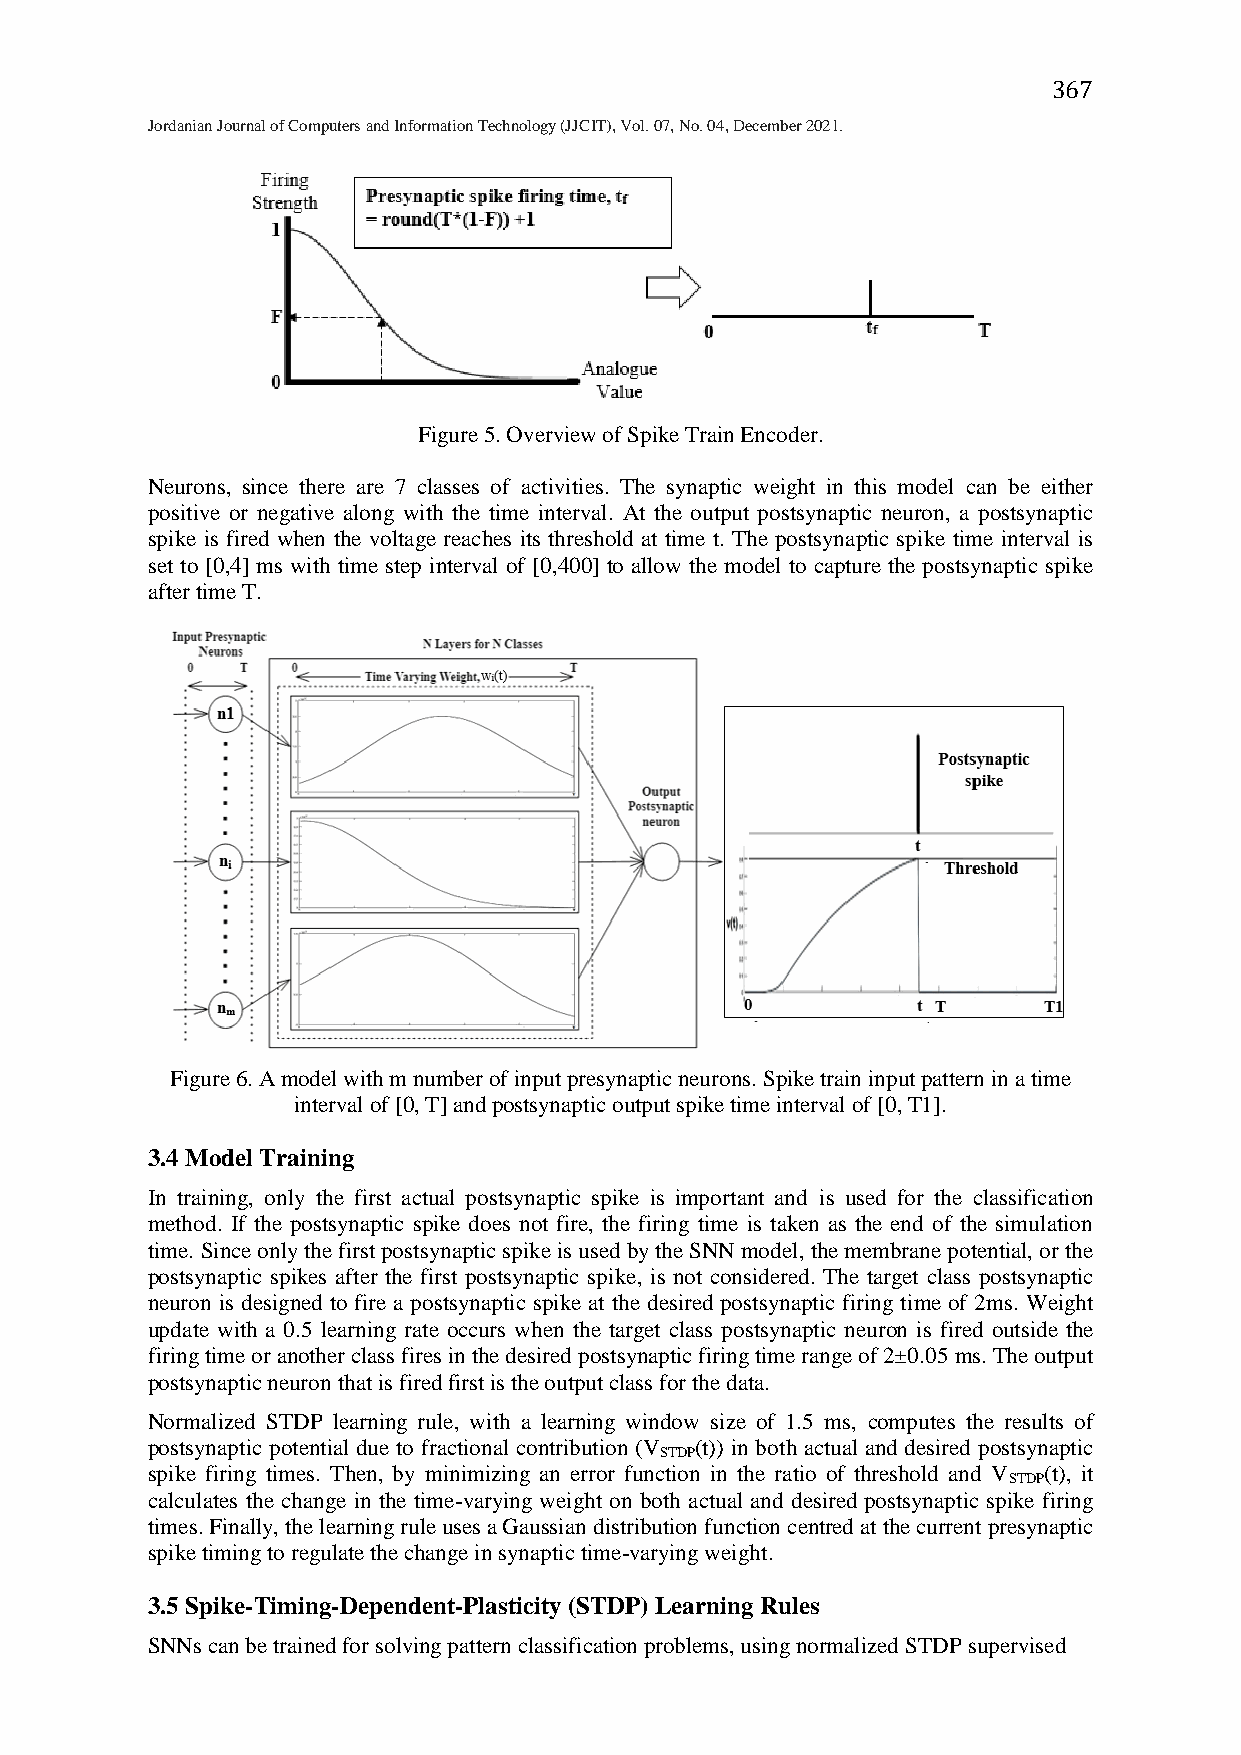
367
 Jordanian Journal of Computers and Information Technology (JJCIT), Vol. 07, No. 04, December 2021.
 Figure 5. Overview of Spike Train Encoder.
 Neurons, since there are 7 classes of activities. The synaptic weight in this model can be either
 positive or negative along with the time interval. At the output postsynaptic neuron, a postsynaptic
 spike is fired when the voltage reaches its threshold at time t. The postsynaptic spike time interval is
 set to [0,4] ms with time step interval of [0,400] to allow the model to capture the postsynaptic spike
 after time T.
 Figure 6. A model with m number of input presynaptic neurons. Spike train input pattern in a time
 interval of [0, T] and postsynaptic output spike time interval of [0, T1].
 3.4 Model Training
 In training, only the first actual postsynaptic spike is important and is used for the classification
 method. If the postsynaptic spike does not fire, the firing time is taken as the end of the simulation
 time. Since only the first postsynaptic spike is used by the SNN model, the membrane potential, or the
 postsynaptic spikes after the first postsynaptic spike, is not considered. The target class postsynaptic
 neuron is designed to fire a postsynaptic spike at the desired postsynaptic firing time of 2ms. Weight
 update with a 0.5 learning rate occurs when the target class postsynaptic neuron is fired outside the
 firing time or another class fires in the desired postsynaptic firing time range of 2±0.05 ms. The output
 postsynaptic neuron that is fired first is the output class for the data.
 Normalized STDP learning rule, with a learning window size of 1.5 ms, computes the results of
 postsynaptic potential due to fractional contribution (V (t)) in both actual and desired postsynaptic
 STDP
 spike firing times. Then, by minimizing an error function in the ratio of threshold and V (t), it
 STDP
 calculates the change in the time-varying weight on both actual and desired postsynaptic spike firing
 times. Finally, the learning rule uses a Gaussian distribution function centred at the current presynaptic
 spike timing to regulate the change in synaptic time-varying weight.
 3.5 Spike-Timing-Dependent-Plasticity (STDP) Learning Rules
 SNNs can be trained for solving pattern classification problems, using normalized STDP supervised